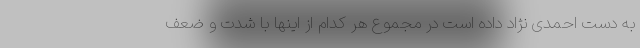
به دست احمدی نژاد داده است در مجموع هر کدام از اینها با شدت و ضعف